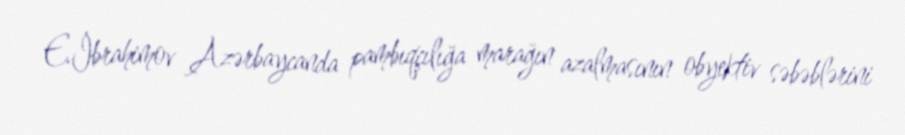
E.İbrahimov Azərbaycanda pambıqçılığa marağın azalmasının obyektiv səbəblərini